Lunatic asylums United Provinces 1899-1908 - 1899-1908
Year: 1899
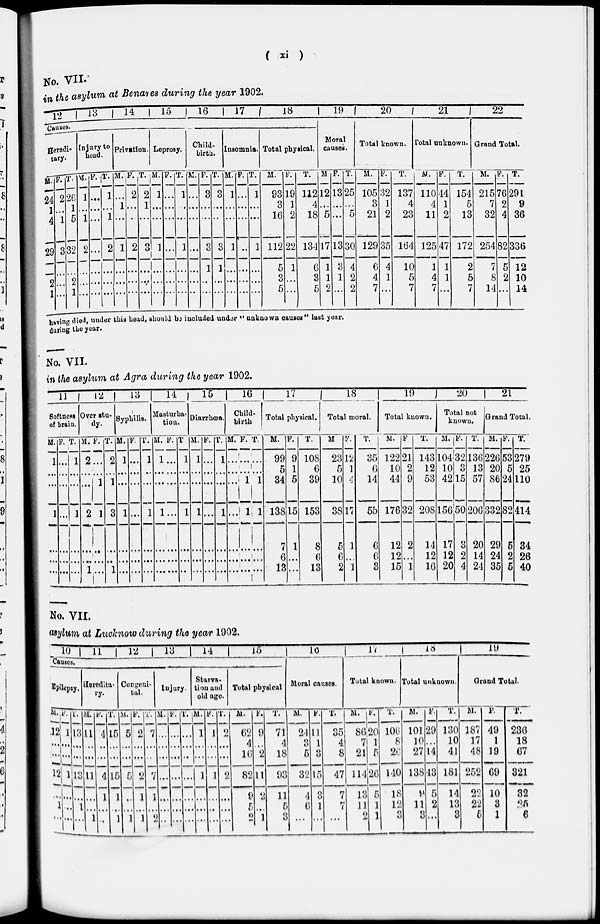
( xi )
No. VII. in the asylum at Benares during the year 1902.
12 13 14 15 16 17
18
Causes.
Heredi-
tary.
M.
24
1
4
29
...
2
1
F.
2
...
1
3
...
...
...
T.
26
1
5
32
...
2
1
Injury to
head.
M.
1
1
2
...
...
...
F.
...
...
...
...
...
...
...
T.
1
...
1
2
...
...
...
Privation.
M.
...
1
...
1
...
...
...
F.
2
...
...
2
...
...
...
Leprosy.
T. M.
2
1
...
3
...
...
...
1
...
...
1
...
...
...
F.
...
...
...
...
...
...
...
T.
1
...
...
1
...
...
...
Child-
birth.
M.
...
...
...
...
...
...
...
F.
3
...
...
3
1
...
...
T.
3
...
...
3
1
...
...
Insomnia.
M.
1
...
...
1
...
...
...
F.
...
...
...
...
...
...
...
T.
1
...
...
1
...
...
...
Total physical.
M.
93
3
16
112
5
3
5
F.
19
1
2
22
1
...
...
T.
112
4
18
134
6
3
5
19
Moral
causes.
M
12
...
5
17
1
1
2
F.
13
...
...
13
3
1
...
T.
25
...
5
30
4
2
2
20
Total known.
H.
105
3
21
129
6
4
7
F.
32
1
2
35
4
1
...
T.
137
4
23
164
10
5
7
21
Total unknown.
M.
110
4
11
125
1
4
7
F.
44
1
2
47
1
1
...
T.
154
5
13
172
2
5
7
22
Grand Total.
M.
215
7
32
254
7
8
14
F.
76
2
4
82
5
2
...
T.
291
9
36
336
12
10
14
having died, under this head, should be included under " unknown causes" last year.
during the year.
No. VII.
in the asylum at Agra during the year 1902.
11
Softness
of brain.
M.
1
...
...
1
...
...
...
F.
...
...
...
...
...
...
...
T.
1
...
...
1
...
...
...
12
Over stu-
dy.
M.
2
...
...
2
...
...
1
F.
...
...
1
1
...
...
...
T.
2
...
1
3
...
...
1
13
Syphilis.
M.
1
...
...
1
...
...
...
F.
...
...
...
...
...
...
...
T.
1
...
...
1
...
...
...
14
Masturba-
tion.
M.
1
...
...
1
...
...
...
F.
...
...
...
...
...
...
...
T.
1
...
...
1
...
...
...
15
Diarrhœa.
M.
1
...
...
1
...
...
...
F.
...
...
...
...
...
...
...
T.
1
...
...
1
...
...
...
16
Child-
birth
M.
...
...
...
...
...
...
...
F.
...
...
1
1
...
...
...
T.
...
...
1
1
...
...
...
17
Total physical.
M.
99
5
34
138
7
6
13
F.
9
1
5
15
1
...
...
T.
108
6
39
153
8
6
13
18
Total moral.
M
23
5
10
38
5
6
2
F.
12
1
4
17
1
...
1
T.
35
6
14
55
6
6
3
19
Total known.
M.
122
10
44
176
12
12
15
F
21
2
9
32
2
...
1
T.
143
12
53
208
14
12
10
20
Total not
known.
M.
104
10
42
156
17
12
20
F.
32
3
15
50
3
2
4
T.
136
13
57
206
20
14
24
21
Grand Total.
M.
226
20
86
332
29
24
35
F.
53
5
24
82
5
2
6
T.
279
25
110
414
34
26
40
No. VII.
asylum, at Lucknow during the year 1902.
10
11
12
13
14
15
Causes.
Epilepsy.
M.
12
...
...
12
...
1
...
F.
1
...
...
1
...
...
...
T.
13
...
...
13
...
1
...
Heredita-
ry.
M.
11
...
...
11
...
...
1
F.
4
...
...
4
1
...
...
T.
15
...
...
15
1
...
1
Congeni-
tal.
M.
5
...
...
5
...
...
1
F.
2
...
...
2
1
...
1
T.
7
...
...
7
1
...
2
Injury.
M.
...
...
...
...
...
...
..
F.
...
...
...
...
...
...
...
T.
...
...
...
...
...
...
...
Starva-
tion and
old age.
M.
1
...
...
1
...
...
...
F.
1
...
...
1
...
...
...
T.
2
...
...
2
...
...
...
Total physical
M.
62
4
10
82
9
5
2
F.
9
...
2
11
2
...
1
T.
71
4
18
93
11
5
3
16
Moral causes.
M.
24
3
5
32
4
6
...
F.
11
1
3
15
...
1
...
T.
35
4
8
47
7
4
...
17
Total known.
M.
86
7
21
114
13
11
2
F.
20
1
5
26
5
1
1
T.
106
8
26
140
18
12
3
18
Total unknown.
M.
101
10
27
138
9
11
3
F.
29
...
14
43
5
2
...
T.
130
10
41
181
14
13
3
19
Grand Total.
M.
187
17
48
252
22
22
5
F.
49
1
19
69
10
3
1
T.
236
18
67
321
32
25
6